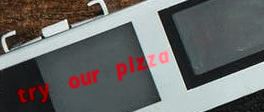
try our pizza